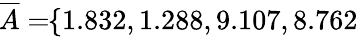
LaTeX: \! \! \! \! \! \! \! \; \; \; \; \overline{{A}}=\! \! \{ 1.832,1.288,9.107,8.762\} \! \! \!